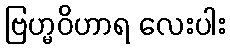
ဗြဟ္မဝိဟာရ လေးပါး